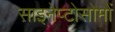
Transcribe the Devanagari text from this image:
साइनेप्टोसोमों